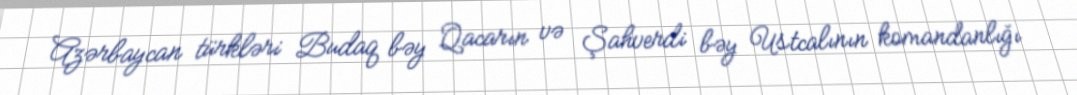
Azərbaycan türkləri Budaq bəy Qacarın və Şahverdi bəy Ustcalının komandanlığı